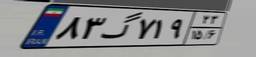
۷۱گ۳۷۳۲۸